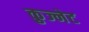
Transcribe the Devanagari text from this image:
कुज्नेट